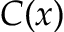
C ( x )